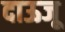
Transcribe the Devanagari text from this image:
दाऊजू